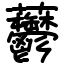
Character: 䖇